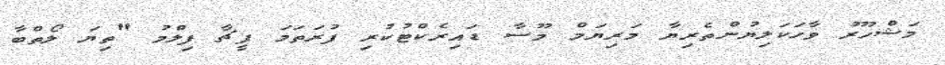
މަޝްހޫރު ވާހަކަލިޔުންތެރިޔާ މަރިޔަމް މޫސާ ޑައިރެކްޓުކުރި ފުރަތަމަ ފީޗާ ފިލްމު "ތިޔަ ލޯތްބާ